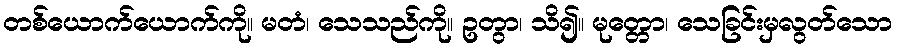
တစ်ယောက်ယောက်ကို။ မတံ၊ သေသည်ကို။ ဥတွာ၊ သိ၍။ မုတ္တော၊ သေခြင်းမှလွတ်သော